Indian journal of veterinary science and animal husbandry - Volume 12,
Year: 1942
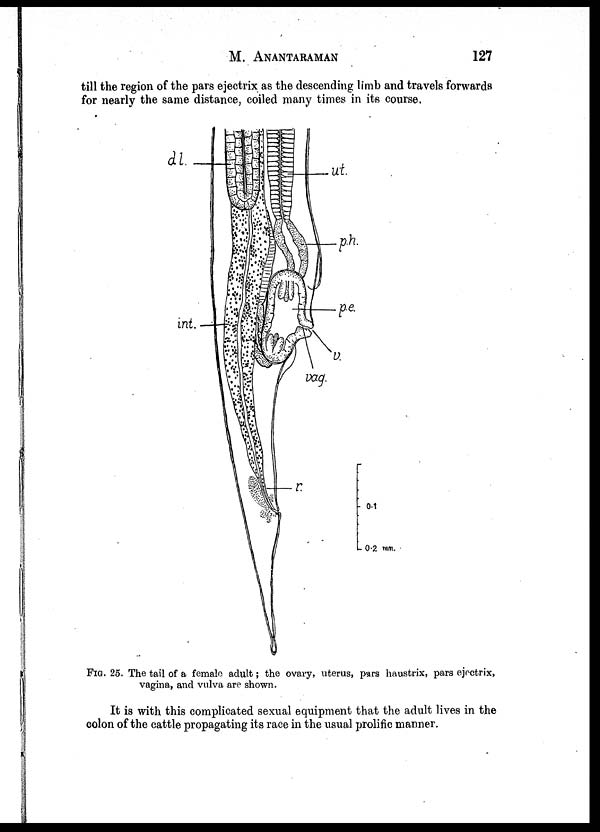
M. ANANTARAMAN 127
till the region of the pars ejectrix as the descending limb and travels forwards
for nearly the same distance, coiled many times in its course.
FIG. 25. The tail of a female adult; the ovary, uterus, pars haustrix, pars ejectrix,
vagina, and vulva are shown.
It is with this complicated sexual equipment that the adult lives in the
colon of the cattle propagating its race in the usual prolific manner.